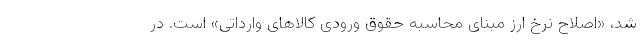
شد، «اصلاح نرخ ارز مبنای محاسبه حقوق ورودی کالاهای وارداتی» است. در